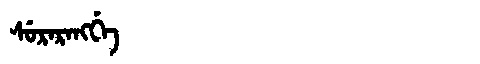
Manchu: ᠰᡠᡵᠠᡵᠠᠩᡤᡝ
Romanization: SURARANGGE